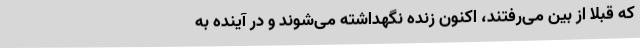
که قبلا از بین می‌رفتند، اکنون زنده نگهداشته می‌شوند و در آینده به